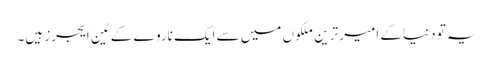
یہ تو دنیا کے امیر ترین ملکوں میں سے ایک ناروے کے ٹین ایجرز ہیں۔